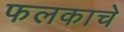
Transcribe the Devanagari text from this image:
फलकाचे